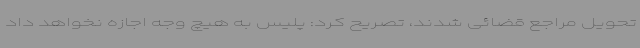
تحویل مراجع قضائی شدند، تصریح کرد: پلیس به هیچ وجه اجازه نخواهد داد